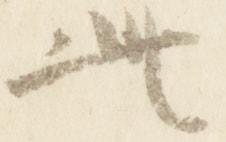
此